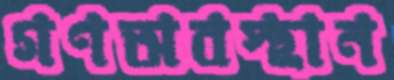
গণঅবস্থান